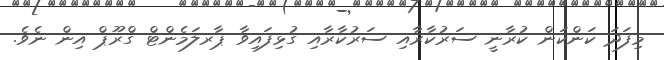
މިފަދަ ކަންކަން ކުރާނީ ސަރުކާރާއި ސަރުކާރާއި ގުޅިފައިވާ ޕާރލަމެންޓް ގްރޫޕް އިން ނެވެ.